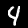
Label: 4